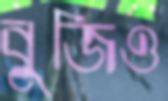
বুজিও